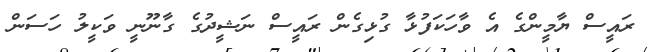
ރައީސް ޔާމީންގެ އެ ވާހަކަފުޅާ ގުޅިގެން ރައީސް ނަޝީދުގެ ގާނޫނީ ވަކީލު ހަސަން